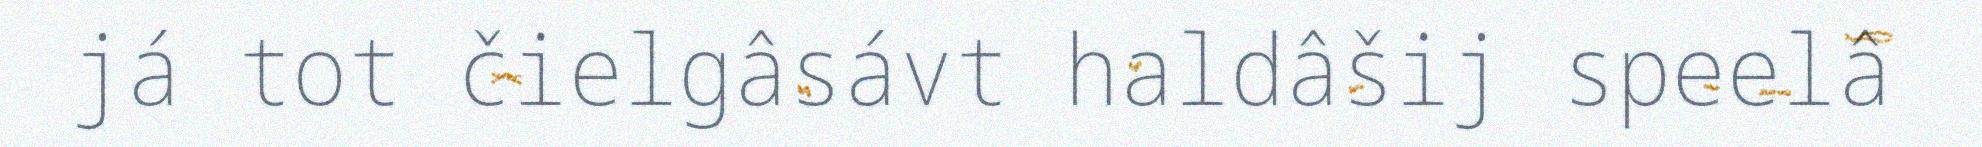
já tot čielgâsávt haldâšij speelâ